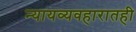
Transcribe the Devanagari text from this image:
न्यायव्यवहारातही